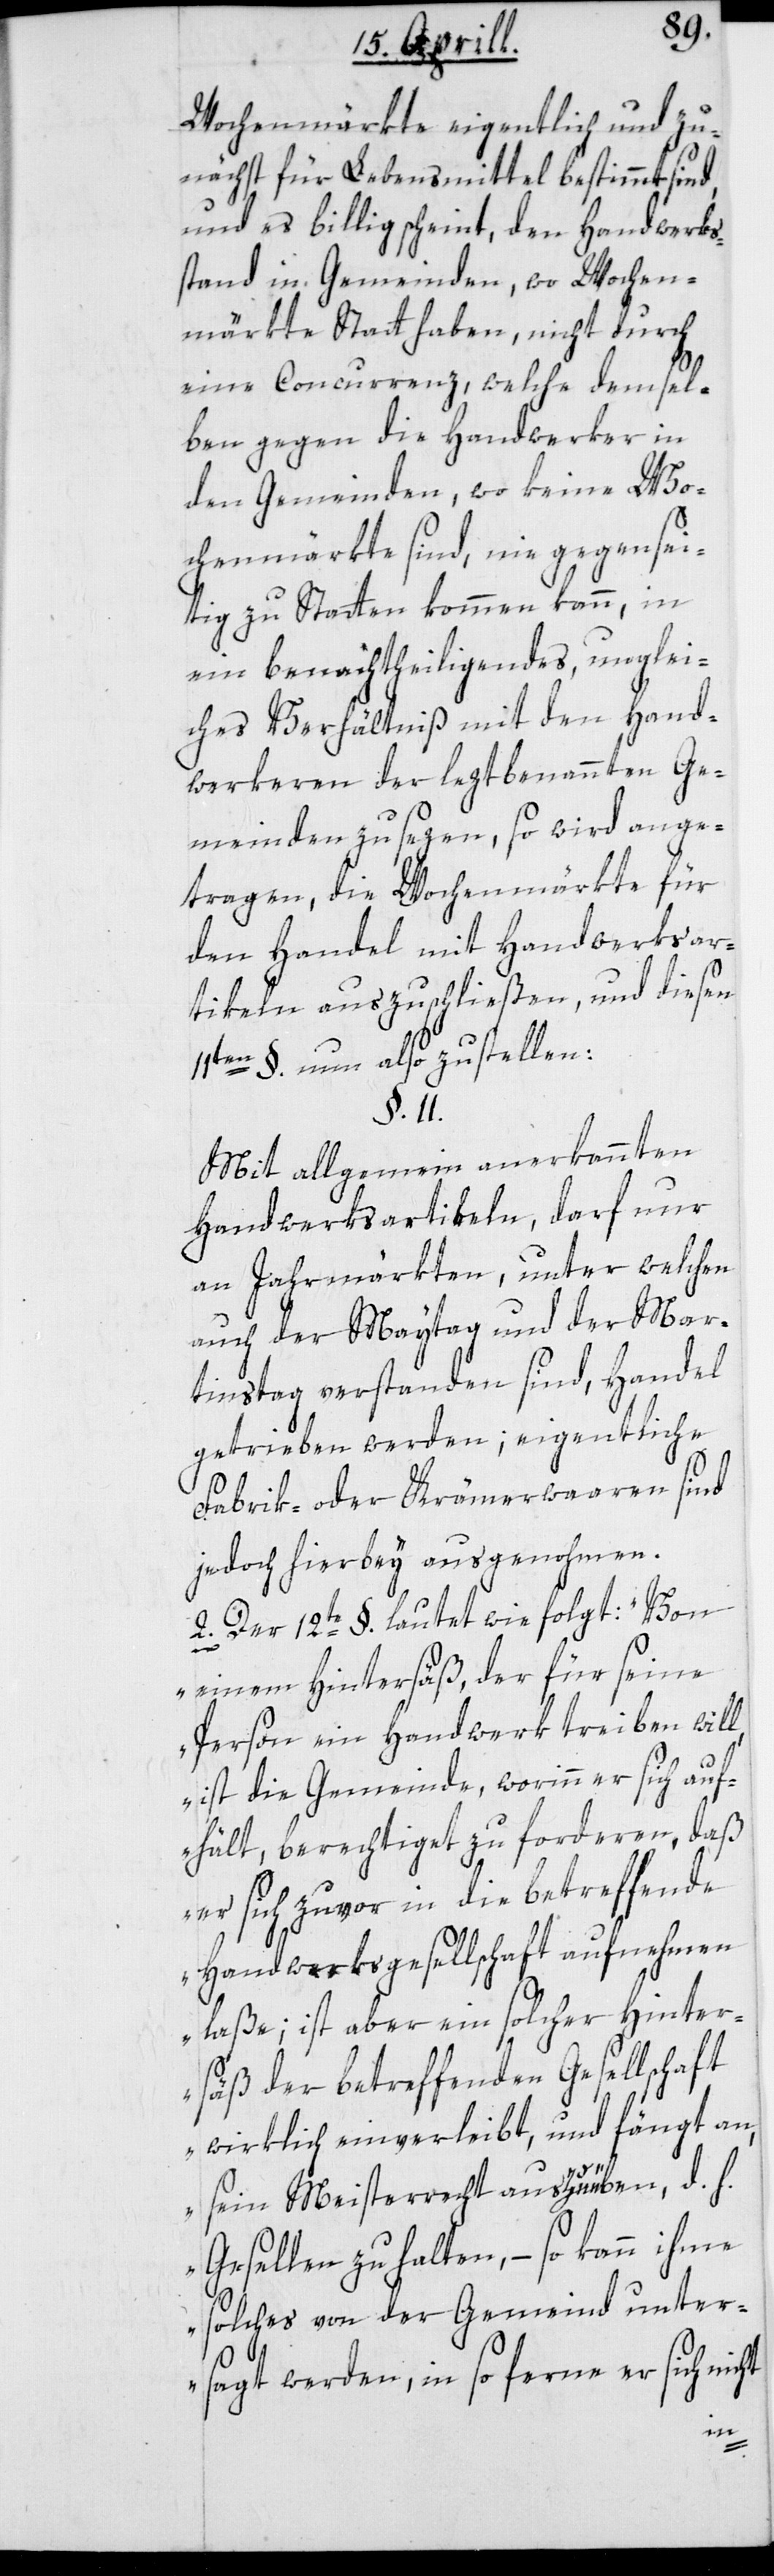
Wochenmärkte eigentlich und zu¬
nächst für Lebensmittel bestimmt sind
und es billig scheint, den Handwerks¬
stand in Gemeinden, wo Wochen¬
märkte Statt haben, nicht durch
eine Concurrenz, welche demsel¬
ben gegen die Handwerker in
den Gemeinden, wo keine Wo¬
chenmärkte sind, nie gegensei¬
tig zu Statten kommen kann,
ein benachtheiligendes, unglei¬
ches Verhältniß mit den Hand¬
werkeren der leztbenannten Ge¬
meinden zu sezen, so wird ange¬
tragen, die Wochenmärkte für
den Handel mit Handwerksar¬
tikeln auszuschließen, und diesen
§. nun also zu stellen:
11ten
§. 11.
Mit allgemein anerkannten
Handwerksartikeln, darf nur
an Jahrmärkten, unter welchen
auch der Maytag und der Mar¬
tinstag verstanden sind, Handel
getrieben werden; eigentliche
Fabrik- oder Krämerwaaren sind
jedoch hierbey ausgenohmen.
2. Der 12te §. lautet wie folgt: „Von
einem Hintersäß, der für seine
Person ein Handwerk treiben will,
ist die Gemeinde, worinn er sich auf¬
hält, berechtiget zu forderen, daß
er sich zuvor in die betreffende
Handwerksgesellschaft aufnehmen
laße; ist aber ein solcher Hinter¬
säß der betreffenden Gesellschaft
wirklich einverleibt, und fängt an,
sein Meisterrecht auszuüben, d. h.
Gesellen zu halten, – so kann ihme
solches von der Gemeind unter¬
sagt werden, in so ferne er sich nicht